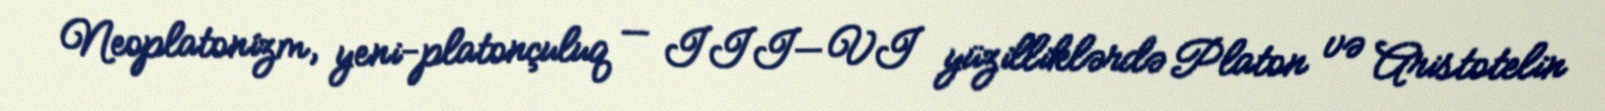
Neoplatonízm, yeni-platonçuluq — III—VI yüzilliklərdə Platon və Aristotelin